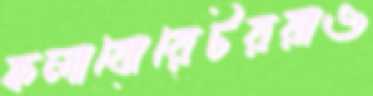
কলাবোরেটররাও